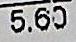
5.60